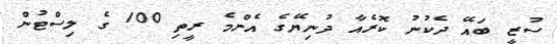
ސުޒީ ބައޭ ދެކުނު ކޮރެއާ ދުނިޔޭގެ އެންމެ ރީތި 100 ގެ ލިސްޓުން